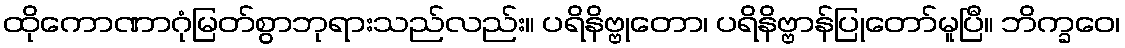
ထိုကောဏာဂုံမြတ်စွာဘုရားသည်လည်း။ ပရိနိဗ္ဗုတော၊ ပရိနိဗ္ဗာန်ပြုတော်မူပြီ။ ဘိက္ခဝေ၊